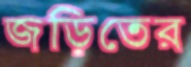
জড়িতের